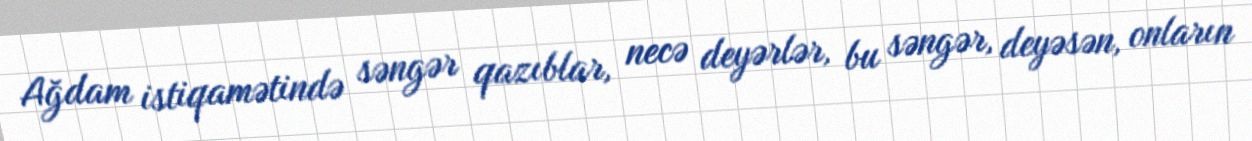
Ağdam istiqamətində səngər qazıblar, necə deyərlər, bu səngər, deyəsən, onların